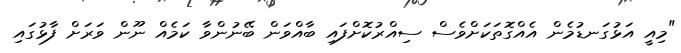
"މިއީ އަޅުގަނޑުމެން އެއްގޮތަކަށްވެސް ސިއްރުކޮށްފައި ބާއްވަން ބޭނުންވާ ކަމެއް ނޫން ވަރަށް ފާޅުގައި